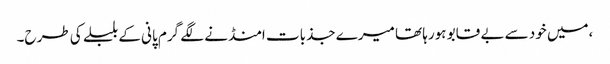
،میں خود سے بے قابو ہورہا تھا میرے جذبات امنڈنے لگے گرم پانی کے بلبلے کی طرح۔